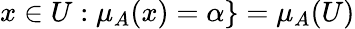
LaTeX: x\in{U}:\mu_{A}(x)=\alpha\} =\mu_{A}(U)